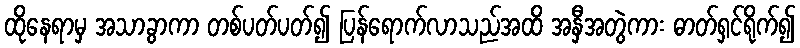
ထိုနေရာမှ အသာခွာကာ တစ်ပတ်ပတ်၍ ပြန်ရောက်လာသည်အထိ အနှီအတွဲကား ဓာတ်ရှင်ရိုက်၍